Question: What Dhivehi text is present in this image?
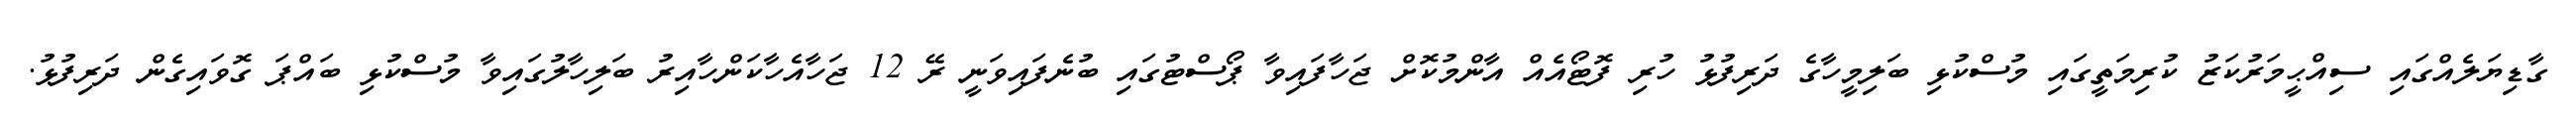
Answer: ގާޑިޔަލެއްގައި ސިއްޙީމަރުކަޒު ކުރިމަތީގައި މުސްކުޅި ބަލިމީހާގެ ދަރިފުޅު ހުރި ފޮޓޯއެއް އާންމުކޮށް ޖަހާފައިވާ ޕޯސްޓުގައި ބުނެފައިވަނީ ރޭ 12 ޖަހާއެހާކަންހާއިރު ބަލިހާލުގައިވާ މުސްކުޅި ބައްޕަ ގޮވައިގެން ދަރިފުޅު.